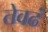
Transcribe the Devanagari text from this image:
तेवढं